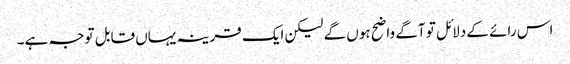
اس رائے کے دلائل تو آگے واضح ہوں گے لیکن ایک قرینہ یہاں قابل توجہ ہے۔